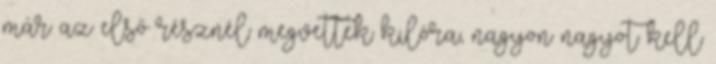
már az első résznél megvettek kilóra, nagyon nagyot kell